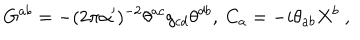
G ^ { a b } = - ( 2 \pi \alpha ^ { \prime } ) ^ { - 2 } \theta ^ { a c } g _ { c d } \theta ^ { d b } , \ C _ { a } = - i \theta _ { a b } X ^ { b } \ ,